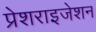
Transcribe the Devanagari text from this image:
प्रेशराइजेशन